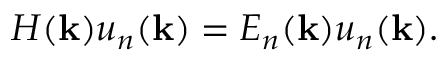
H ( \mathbf { k } ) u _ { n } ( \mathbf { k } ) = E _ { n } ( \mathbf { k } ) u _ { n } ( \mathbf { k } ) .